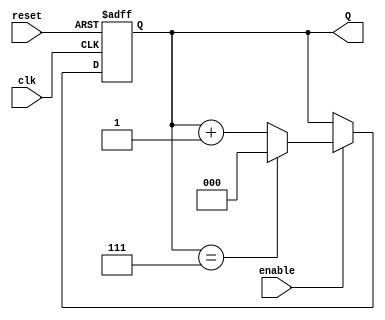
module binary_up_counter #(
    parameter N = 3 // Number of bits in the counter (default is 3)
)(
    input wire clk,      // Clock signal
    input wire reset,    // Asynchronous reset signal
    input wire enable,   // Enable signal
    output reg [N-1:0] Q // Counter output
);

    // Asynchronous reset and counting logic
    always @(posedge clk or posedge reset) begin
        if (reset) begin
            Q <= 0; // Reset the counter to 0
        end else if (enable) begin
            if (Q == (2**N - 1)) begin
                Q <= 0; // Wrap around to 0 after reaching max count
            end else begin
                Q <= Q + 1; // Increment the counter
            end
        end
    end

endmodule